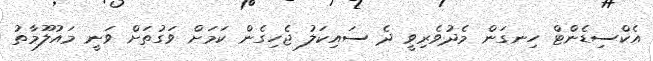
އެކްސިޑެންޓް ހިނގަން މެދުވެރިވީ ދެ ސައިކަލު ޖެހިގެން ކަމަށް ވަގުތަށް ވަނީ މައުލޫމާތު